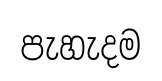
පැහැදම